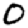
Digit: 0